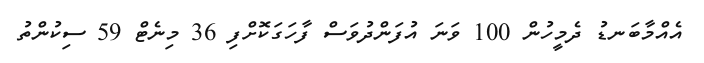
އެއްމާބަނޑު ދެމީހުން 100 ވަނަ އުފަންދުވަސް ފާހަގަކޮށްފި 36 މިނެޓް 59 ސިކުންތު